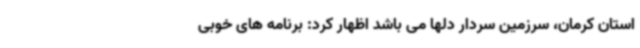
استان کرمان، سرزمین سردار دلها می باشد اظهار کرد: برنامه های خوبی